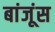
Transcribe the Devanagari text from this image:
बांजूंस